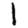
Digit: 1